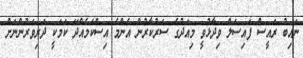
ނައިބު ރައީސް ފައިސަލް ވިދާޅުވީ މިއަދުގެ ސަރުކާރުން އެންމެ އިސްކަމެއްދޭ ކަމަކީ ދަރިވަރުންނަށް